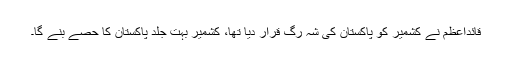
قائداعظمؒ نے کشمیر کو پاکستان کی شہ رگ قرار دیا تھا، کشمیر بہت جلد پاکستان کا حصے بنے گا۔